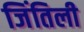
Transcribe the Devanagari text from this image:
जिंतिली